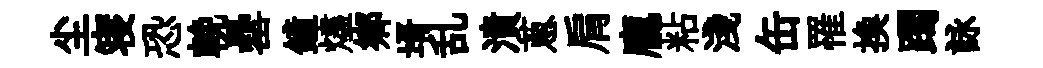
尘寝恐輓罍鐘燼鄉壻乱潰蔥肩龐粘淺缶罹换躅詠